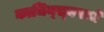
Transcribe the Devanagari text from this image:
काचिन्स्क्याचे